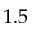
1 . 5